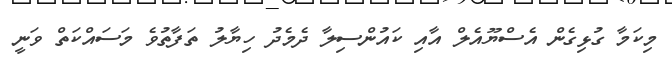
މިކަމާ ގުޅިގެން އެސްޔޫއެލް އާއި ކައުންސިލާ ދެމެދު ހިޔާލު ތަފާތުވެ މަސައްކަތް ވަނީ